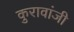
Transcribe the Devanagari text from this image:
कुरावांजी